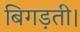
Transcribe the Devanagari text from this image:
बिगड़ती।